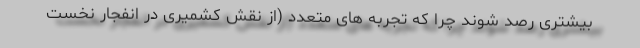
بیشتری رصد شوند چرا که تجربه های متعدد (از نقش کشمیری در انفجار نخست